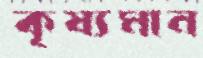
কৃষ্যমান